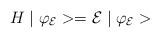
LaTeX: \begin{align*}H\mid \varphi _{\mathcal{E}}>=\mathcal{E}\mid \varphi _{\mathcal{E}}>\end{align*}